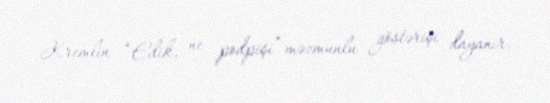
Kremlin “Edik, ne podpişi” məzmunlu göstərişi dayanır.